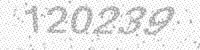
Solution: 120239